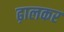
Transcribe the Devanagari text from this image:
ढ़ालकर